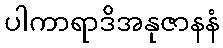
ပါကာရာဒိအနုဇာနနံ